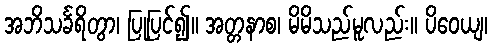
အဘိသင်္ခရိတွာ၊ ပြုပြင်၍။ အတ္တနာစ၊ မိမိသည်မူလည်း။ ပိဝေယျ၊